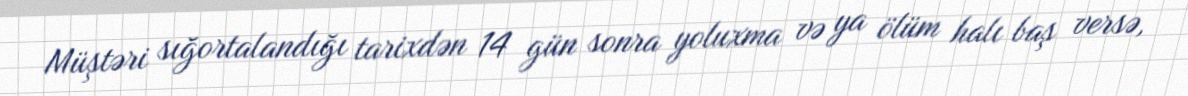
Müştəri sığortalandığı tarixdən 14 gün sonra yoluxma və ya ölüm halı baş versə,